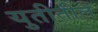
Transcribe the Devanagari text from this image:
युतीतील